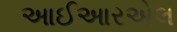
આઈઆરએલ